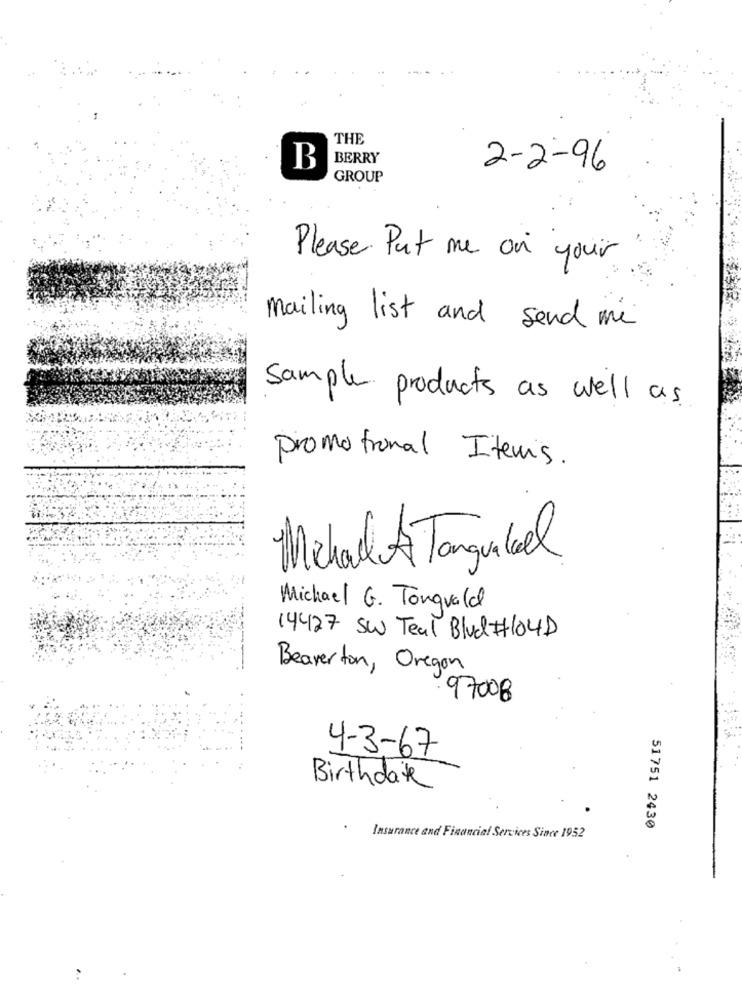
THE
BERRY
B
2-2-96
GROUP
Please Put me on your
mailing list and send me
Sample products as well as
promotional Items.
Michael A Tonqualeel
Michael G. Tonquald
14427 SW Teal Blud #104D
Beaverton, Oregon
97008
4-3-67
Birthdate
51751 2430
Insurance and Financial Services Since 1952